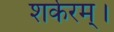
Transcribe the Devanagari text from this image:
शर्करम्।